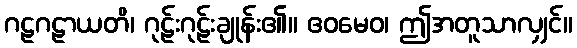
ဂဠဂဠာယတိ၊ ဂုဠ်းဂုဠ်းချုန်း၏။ ဧဝမေဝ၊ ဤအတူသာလျှင်။